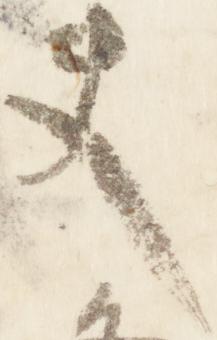
夫